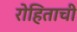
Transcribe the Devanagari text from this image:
रोहिताची